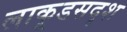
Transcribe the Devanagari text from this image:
लाकूडसदृश